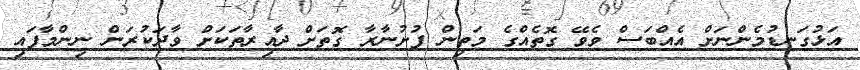
އަޅުގަނޑުމެންނަށް އެއްބަސް ވެވޭ ގޮތެއްގެ މަތިން ފުށުނާރާ ގޮތަށް ދާއިރާތަކަށް ވާދަކުރަން ނިންމާފައި